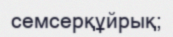
семсерқұйрық;